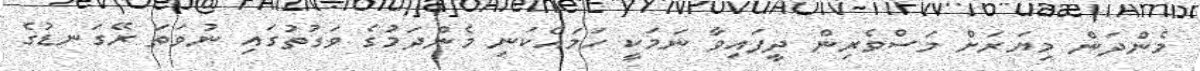
މެންދަން މިޔަރަށް މަސްވެރިން ދީފައިވާ ނަމަކީ ހަމައެކަނި މެންދަމުގެ ވަގުތުގައި ނުވަތަ ރޭގަނޑުގެ